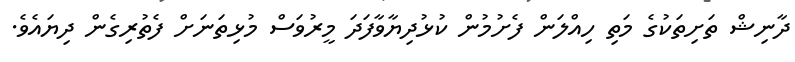
ދާނިޝް ތަށިތަކުގެ މަތި ހިއްލަން ފެށުމުން ކުޅުދިޔާވާފަދަ މީރުވަސް މުޅިތަނަށް ފެތުރިގެން ދިޔައެވެ.